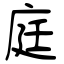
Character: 庭